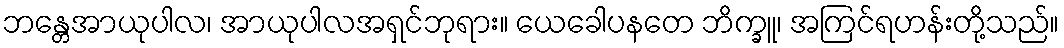
ဘန္တေအာယုပါလ၊ အာယုပါလအရှင်ဘုရား။ ယေခေါပနတေ ဘိက္ခူ၊ အကြင်ရဟန်းတို့သည်။